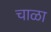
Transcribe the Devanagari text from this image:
चाळा